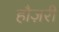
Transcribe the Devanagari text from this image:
हौज़री